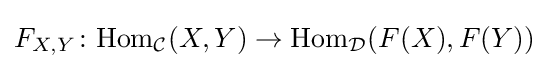
F_{X,Y}\colon \mathrm {Hom} _{\mathcal {C}}(X,Y)\rightarrow \mathrm {Hom} _{\mathcal {D}}(F(X),F(Y))